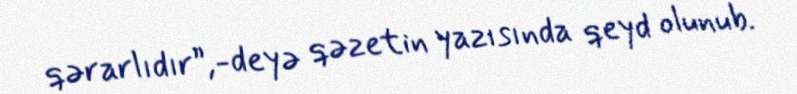
qərarlıdır”,-deyə qəzetin yazısında qeyd olunub.